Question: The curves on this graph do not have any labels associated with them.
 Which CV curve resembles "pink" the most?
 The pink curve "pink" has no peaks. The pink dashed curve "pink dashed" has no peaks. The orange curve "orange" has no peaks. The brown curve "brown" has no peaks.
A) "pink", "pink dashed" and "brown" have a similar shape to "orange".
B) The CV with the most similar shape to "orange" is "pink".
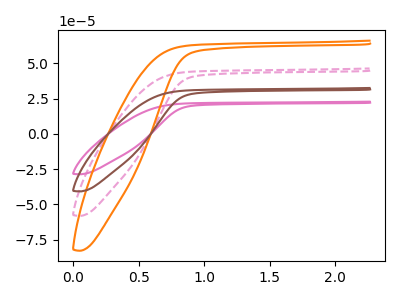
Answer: <think>Neither "pink" or "pink dashed" have any peaks. Neither "pink" or "orange" have any peaks. Neither "pink" or "brown" have any peaks. Neither "pink dashed" or "orange" have any peaks. Neither "pink dashed" or "brown" have any peaks. Neither "orange" or "brown" have any peaks.
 </think>
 <answer>A) "pink", "pink dashed" and "brown" have a similar shape to "orange".</answer>
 <eval>A</eval>